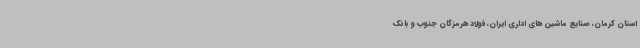
استان کرمان، صنایع ماشین های اداری ایران، فولاد هرمزگان جنوب و بانک